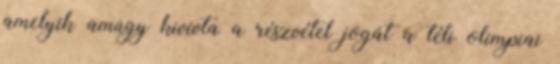
amelyik amúgy kivívta a részvétel jogát a téli olimpiai